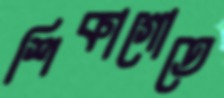
শিকাগোতে